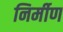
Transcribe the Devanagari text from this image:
निर्मीण